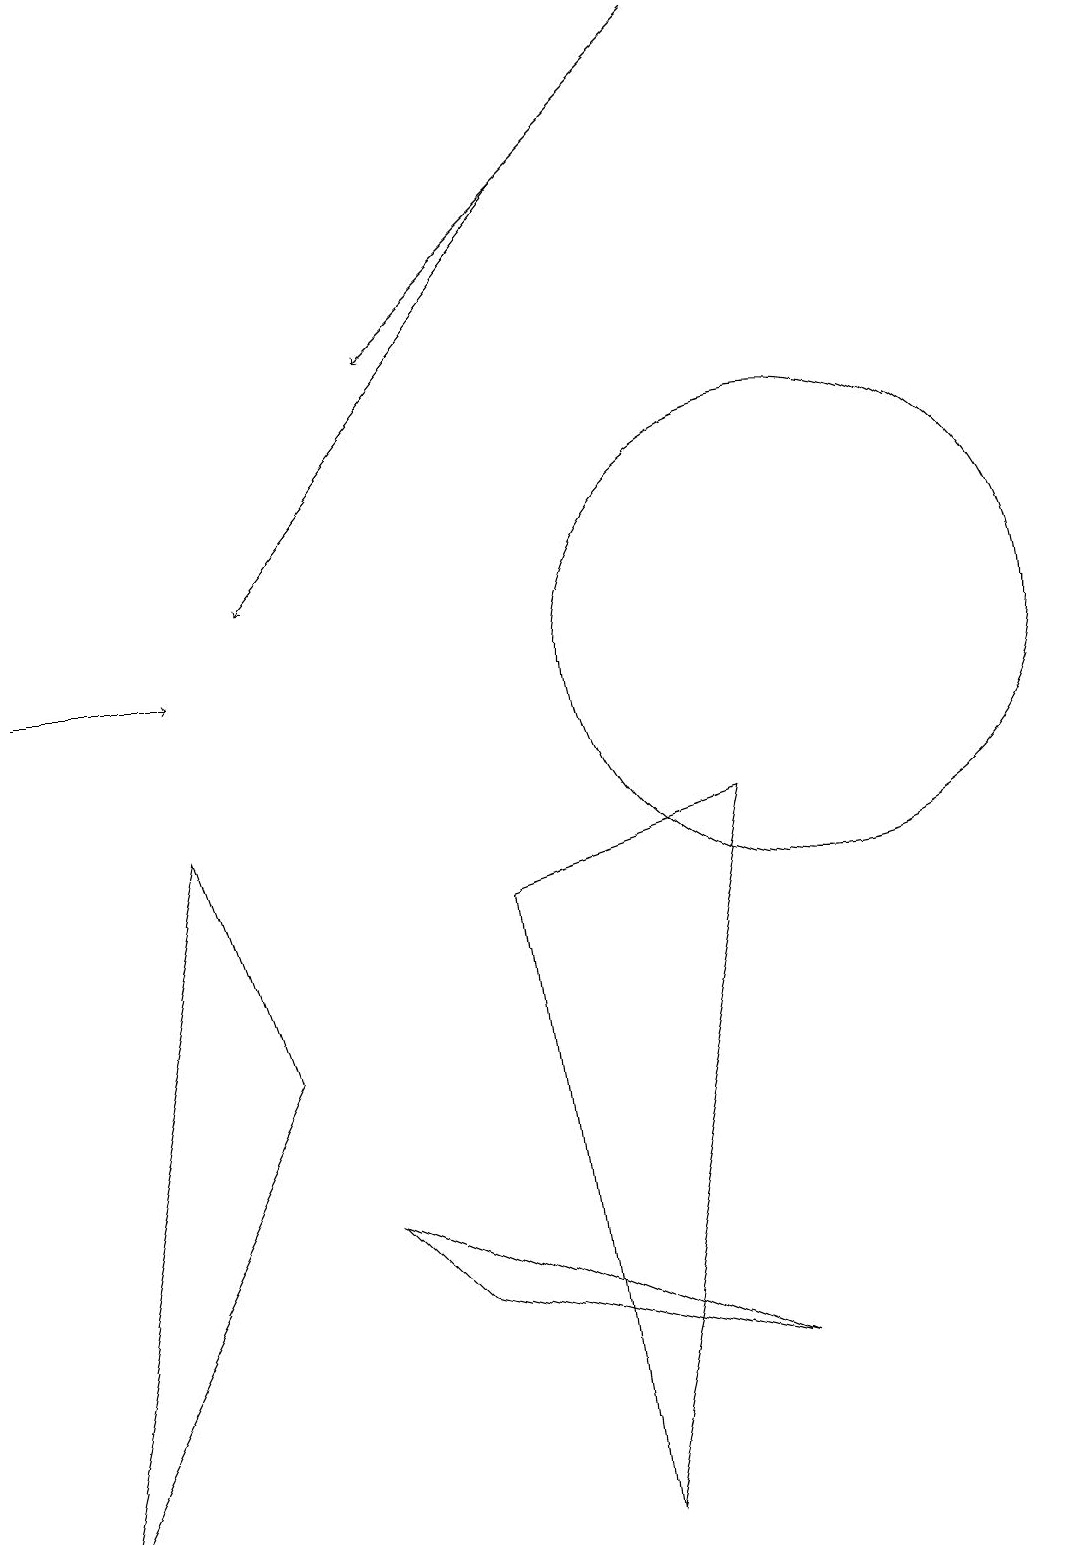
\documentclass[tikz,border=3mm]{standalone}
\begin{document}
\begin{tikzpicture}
\draw[->] (9,19) -- (5,15);
\draw (6,8) -- (9,9) -- (7,0) -- cycle;
\draw (10,11) circle (3);
\draw (4,4) -- (5,3) -- (9,2) -- cycle;
\draw[->] (7,17) -- (3,12);
\draw (3,6) -- (0,0) -- (2,9) -- cycle;
\draw[->] (0,11) -- (2,11);
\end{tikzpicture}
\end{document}